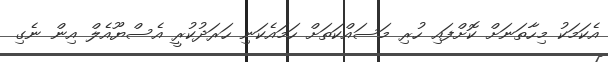
އެކަމަކު މިހާތަނަށް ކޮށްފައި ހުރި މަސައްކަތަށް ހަމައެކަނި ހަރަދުކުރީ އެސްޔޫއެލް އިން ނެގި